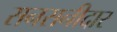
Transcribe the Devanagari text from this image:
सनसनीदार